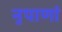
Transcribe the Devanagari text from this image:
नृपाणां